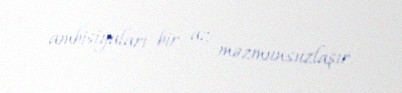
ambisiyaları bir az məzmunsuzlaşır.